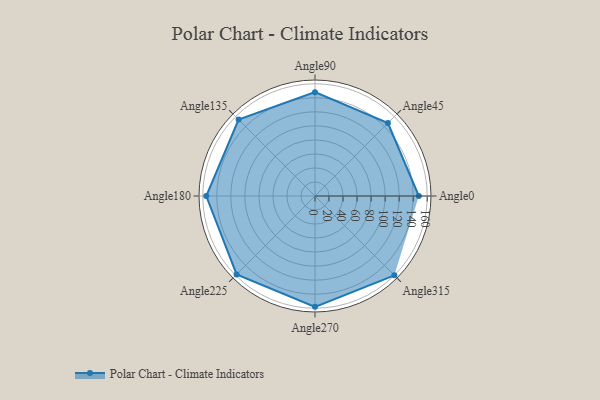
{"axis": {"x": "Angle", "y": "Radius"}, "legend": [""], "data": [{"x": "Angle0", "y": 148.0, "type": ""}, {"x": "Angle45", "y": 147.0, "type": ""}, {"x": "Angle90", "y": 148.0, "type": ""}, {"x": "Angle135", "y": 154.0, "type": ""}, {"x": "Angle180", "y": 155.0, "type": ""}, {"x": "Angle225", "y": 158.0, "type": ""}, {"x": "Angle270", "y": 158.0, "type": ""}, {"x": "Angle315", "y": 160.0, "type": ""}]}